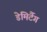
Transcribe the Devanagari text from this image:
डेमिर्टैग